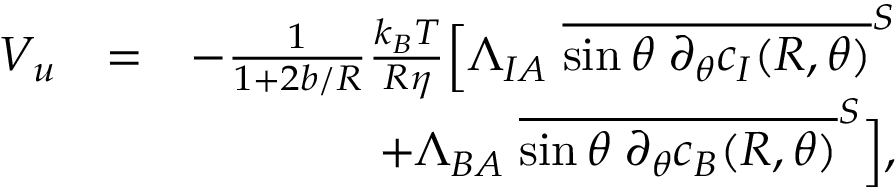
\begin{array} { r l r } { V _ { u } } & { = } & { - \frac { 1 } { 1 + 2 b / R } \frac { k _ { B } T } { R \eta } \Big [ \Lambda _ { I A } \; \overline { { \sin \theta \; \partial _ { \theta } c _ { I } ( R , \theta ) } } ^ { S } } \\ & { } & { + \Lambda _ { B A } \; \overline { { \sin \theta \; \partial _ { \theta } c _ { B } ( R , \theta ) } } ^ { S } \Big ] , } \end{array}